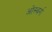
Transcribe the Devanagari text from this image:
ओस्बर्ग